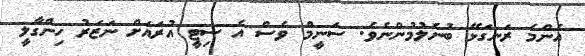
އެންމެ ރަނގަޅޭ ބުނެލުމުންނެވެ. ސަނީމް ވެސް އެ ސިޓީ އުރައަށް ނަޒަރު ހިންގާލީ